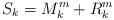
\begin{align*}S_{k}=M_{k}^{m}+R_{k}^{m} \end{align*}